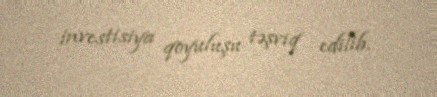
investisiya qoyuluşu təşviq edilib.